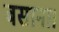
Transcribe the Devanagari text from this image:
बसाना।